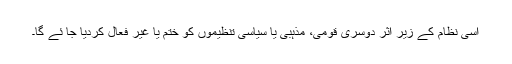
اسی نظام کے زیر اثر دوسری قومی، مذہبی یا سیاسی تنظیموں کو ختم یا غیر فعال کردیا جا ئے گا۔